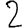
Digit: 2